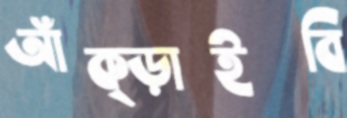
আঁক্‌ড়াইবি